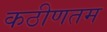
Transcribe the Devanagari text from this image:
कठीणतम